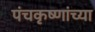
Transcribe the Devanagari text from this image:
पंचकृष्णांच्या